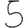
Digit: 5